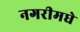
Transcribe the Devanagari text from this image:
नगरीमधे